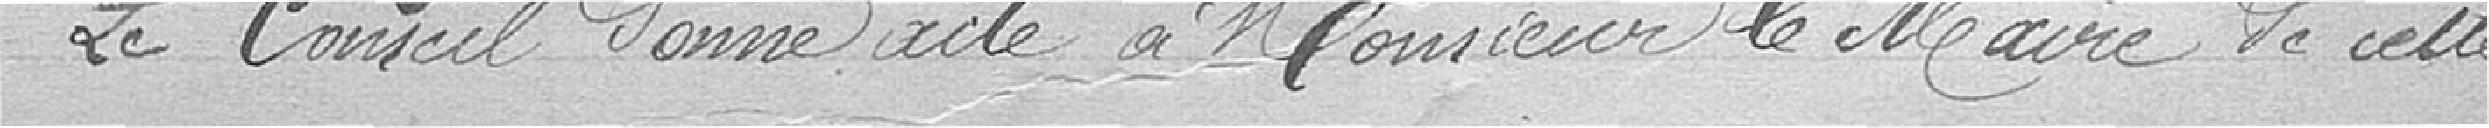
Le Conseil donne acte à Monsieur le Maire de cette